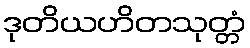
ဒုတိယဟိတသုတ္တံ